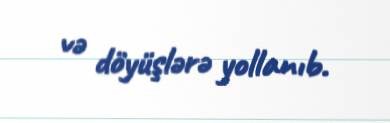
və döyüşlərə yollanıb.